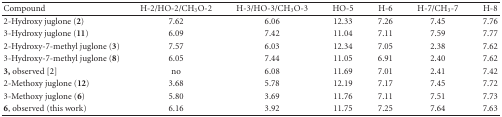
<table><thead><tr><td><b>Compound</b></td><td><b>H-2/HO-2/CH<sub>3</sub>O-2</b></td><td><b>H-3/HO-3/CH<sub>3</sub>O-3</b></td><td><b>HO-5</b></td><td><b>H-6</b></td><td><b>H-7/CH<sub>3</sub>-7</b></td><td><b>H-8</b></td></tr></thead><tbody><tr><td>2-Hydroxy juglone (<b>2</b>)</td><td>7.62</td><td>6.06</td><td>12.33</td><td>7.26</td><td>7.45</td><td>7.76</td></tr><tr><td>3-Hydroxy juglone (<b>11</b>)</td><td>6.09</td><td>7.42</td><td>11.04</td><td>7.11</td><td>7.59</td><td>7.77</td></tr><tr><td>2-Hydroxy-7-methyl juglone (<b>3</b>)</td><td>7.57</td><td>6.03</td><td>12.34</td><td>7.05</td><td>2.38</td><td>7.62</td></tr><tr><td>3-Hydroxy-7-methyl juglone (<b>8</b>)</td><td>6.05</td><td>7.44</td><td>11.05</td><td>6.91</td><td>2.40</td><td>7.62</td></tr><tr><td><b>3,</b> observed [2]</td><td>no</td><td>6.08</td><td>11.69</td><td>7.01</td><td>2.41</td><td>7.42</td></tr><tr><td>2-Methoxy juglone (<b>12</b>)</td><td>3.68</td><td>5.78</td><td>12.19</td><td>7.17</td><td>7.45</td><td>7.72</td></tr><tr><td>3-Methoxy juglone (<b>6</b>)</td><td>5.80</td><td>3.69</td><td>11.76</td><td>7.11</td><td>7.51</td><td>7.73</td></tr><tr><td><b>6</b>, observed (this work)</td><td>6.16</td><td>3.92</td><td>11.75</td><td>7.25</td><td>7.64</td><td>7.63</td></tr></tbody></table>